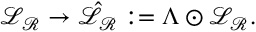
\mathcal { L } _ { \mathcal { R } } \rightarrow \hat { \mathcal { L } } _ { \mathcal { R } } : = \Lambda \odot \mathcal { L } _ { \mathcal { R } } .